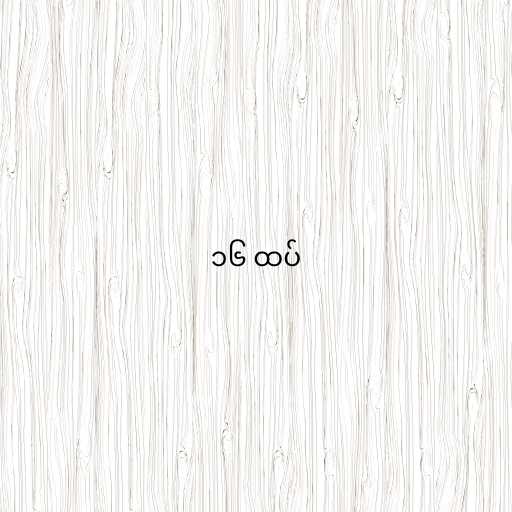
၁၆ ထပ်